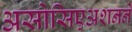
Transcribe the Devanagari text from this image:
असोसिएअशनने